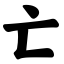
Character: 亡